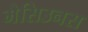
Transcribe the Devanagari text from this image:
मैसिउनस